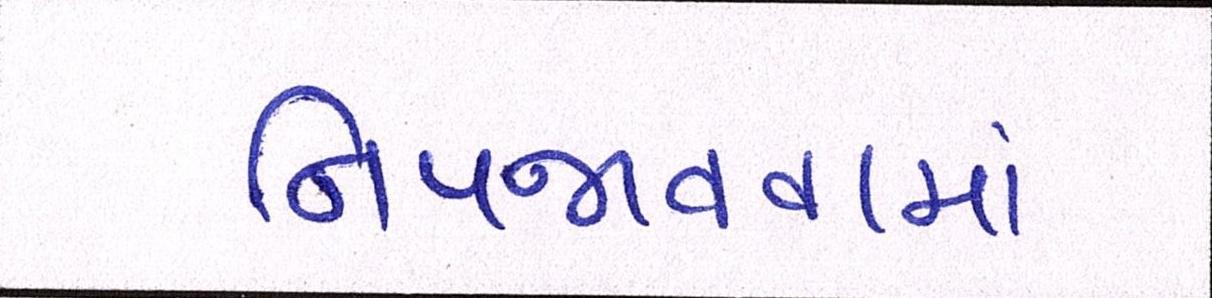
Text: નિપજાવવામાં